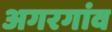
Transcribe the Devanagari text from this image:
अगरगांव